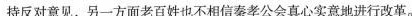
持反对意见，另一方面老百姓也不相信秦孝公会真心实意地进行改革。